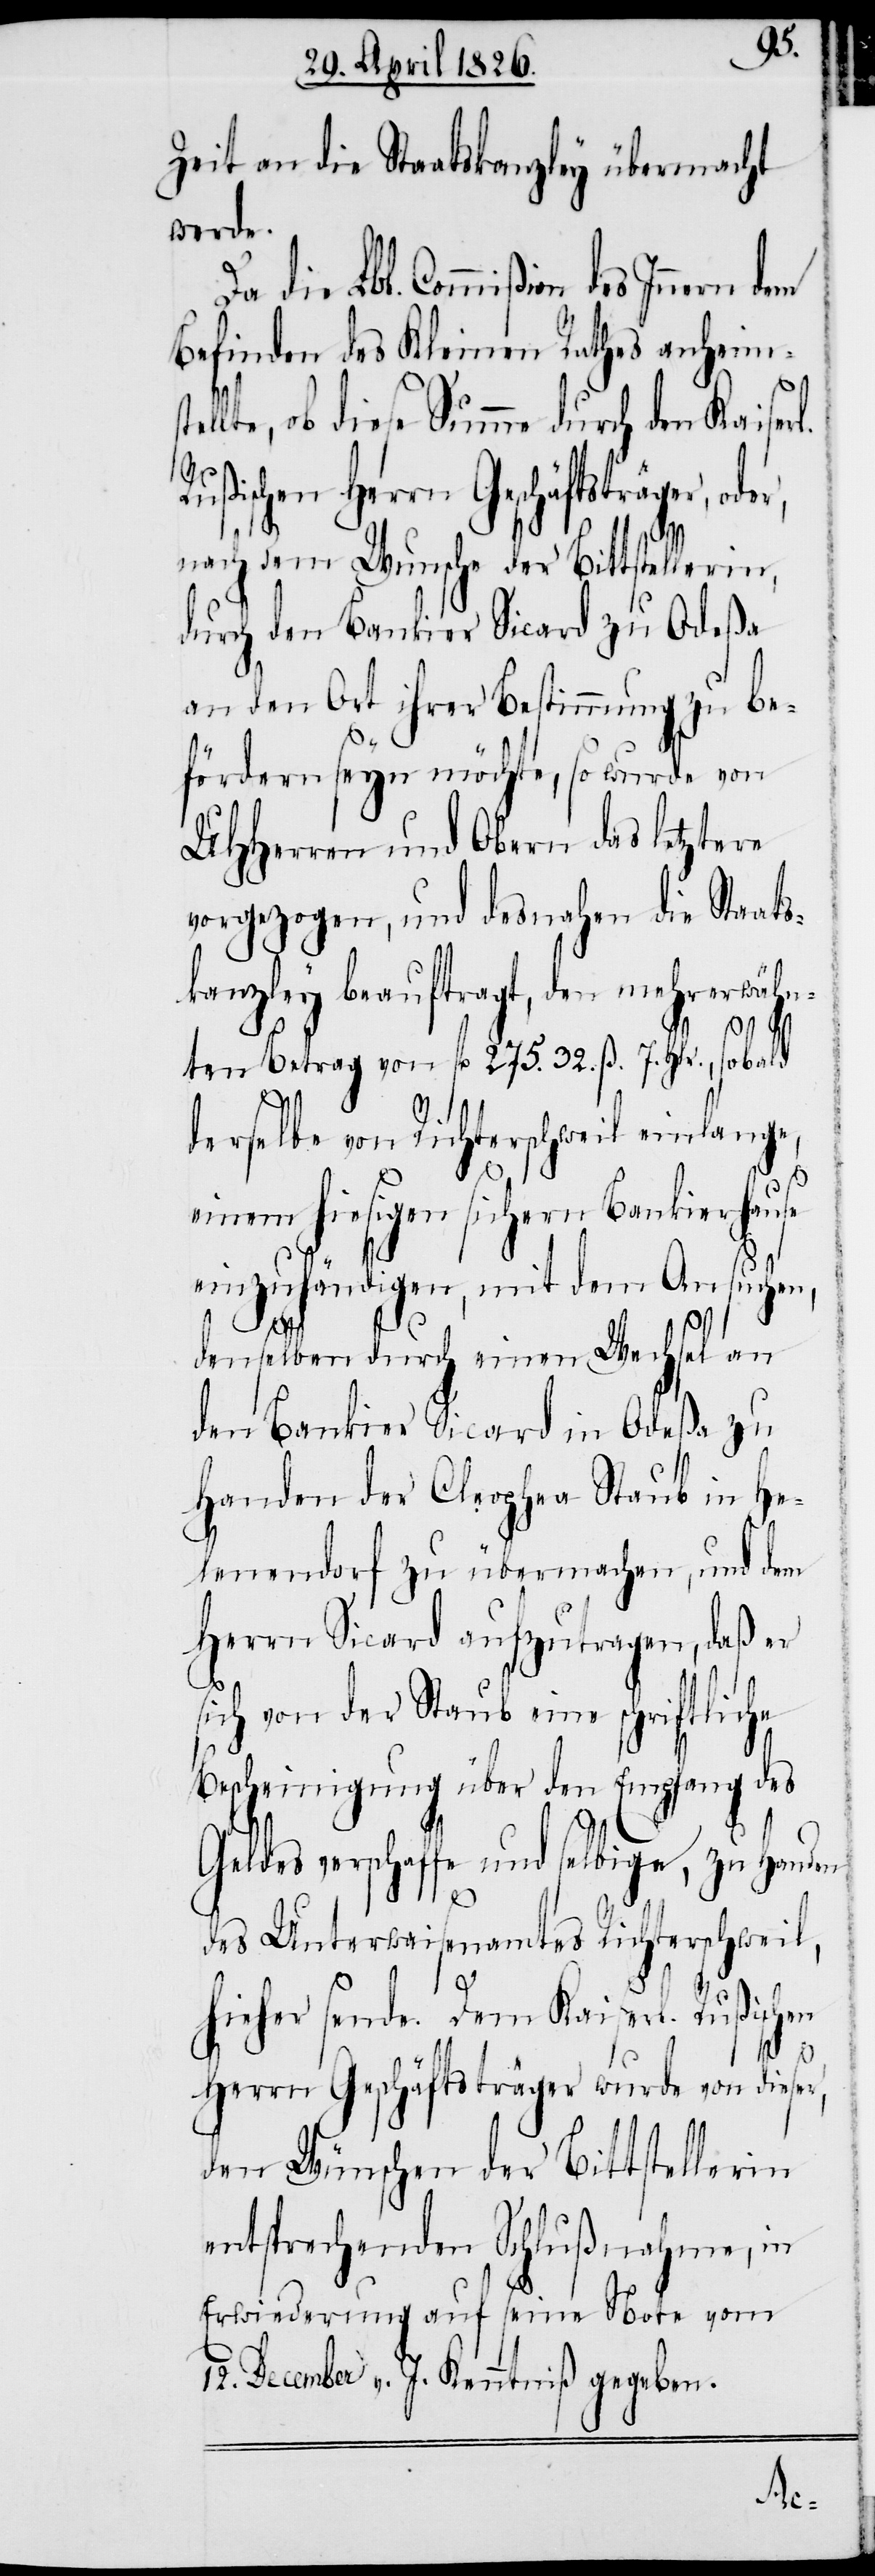
Zeit an die Staatskanzley übermacht
werde.
Da die Lbl. Commißion des Innern
Befinden des Kleine Rathes anheim¬
llte, ob diese Summe durch den Kaiser¬
Rußischen Herrn Geschäftsträger,
nach dem Wunsche der Bittstellerin,
durch den Bankier Sicard zu Odeßa
an den Ort ihrer Bestimmung zu be¬
fördern seyn möchte, so wurde von
UHHerren und Obern das letztere
vorgezogen, und desnahen die Staats¬
kanzley beauftragt, den mehrerwähn¬
ten Betrag von fl. 275. 32. ß. 7. Hlr., sobald
l.
derselbe von Richterschweil einlange,
einem hiesigen sichern Bankierhause
einzuhändigen, mit dem Ansuchen,
denselben durch einen Wechsel an
den Bankier Sicard in Odeßa zu
Handen der Cleophea Staub in He¬
lenendorf zu übermachen, und dem
Herrn Sicard aufzutragen, daß er
sich von der Staub eine schriftliche
Bescheinigung über den Empfang des
Geldes verschaffe und selbige, zu Handen
des Unterwaisenamtes Richterschweil,
hieher sende. Dem Kaiserl. Rußischen
Herrn Geschäftsträger wurde von dieser,
den Wünschen der Bittstellerin
entsprechenden Schlußnahme, in
Erwiederung auf seine Note vom
12. December v. J. Kenntniß gegeben.
ste¬